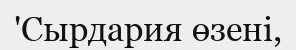
'Сырдария өзені,